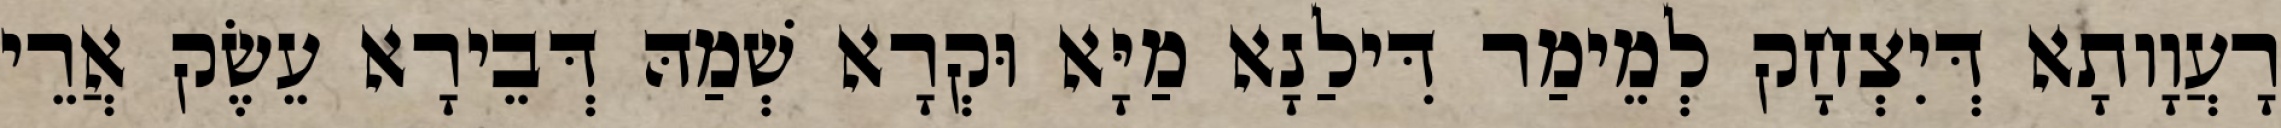
רָעֲוָותָא דְּיִצְחָק לְמֵימַר דִּילַנָא מַיָּא וּקְרָא שְׁמַהּ דְּבֵירָא עֵשֶׂק אֲרֵי